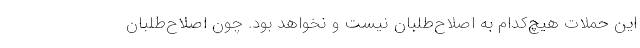
این حملات هیچ‌کدام به اصلاح‌طلبان نیست و نخواهد بود. چون اصلاح‌طلبان